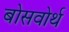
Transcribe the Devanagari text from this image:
बोसवोर्थ